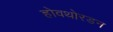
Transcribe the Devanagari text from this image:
होवथोरडन